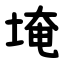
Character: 埯